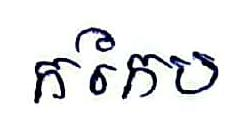
កកែប